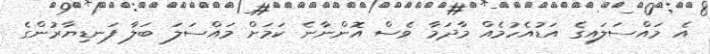
އެ މައްސަލައިގެ އަޑުއެހުމެއް މާދަމާ ވެސް އޮންނާނެ ކަމަށް މައްސަލަ ބަލާ ފަނޑިޔާރުންގެ